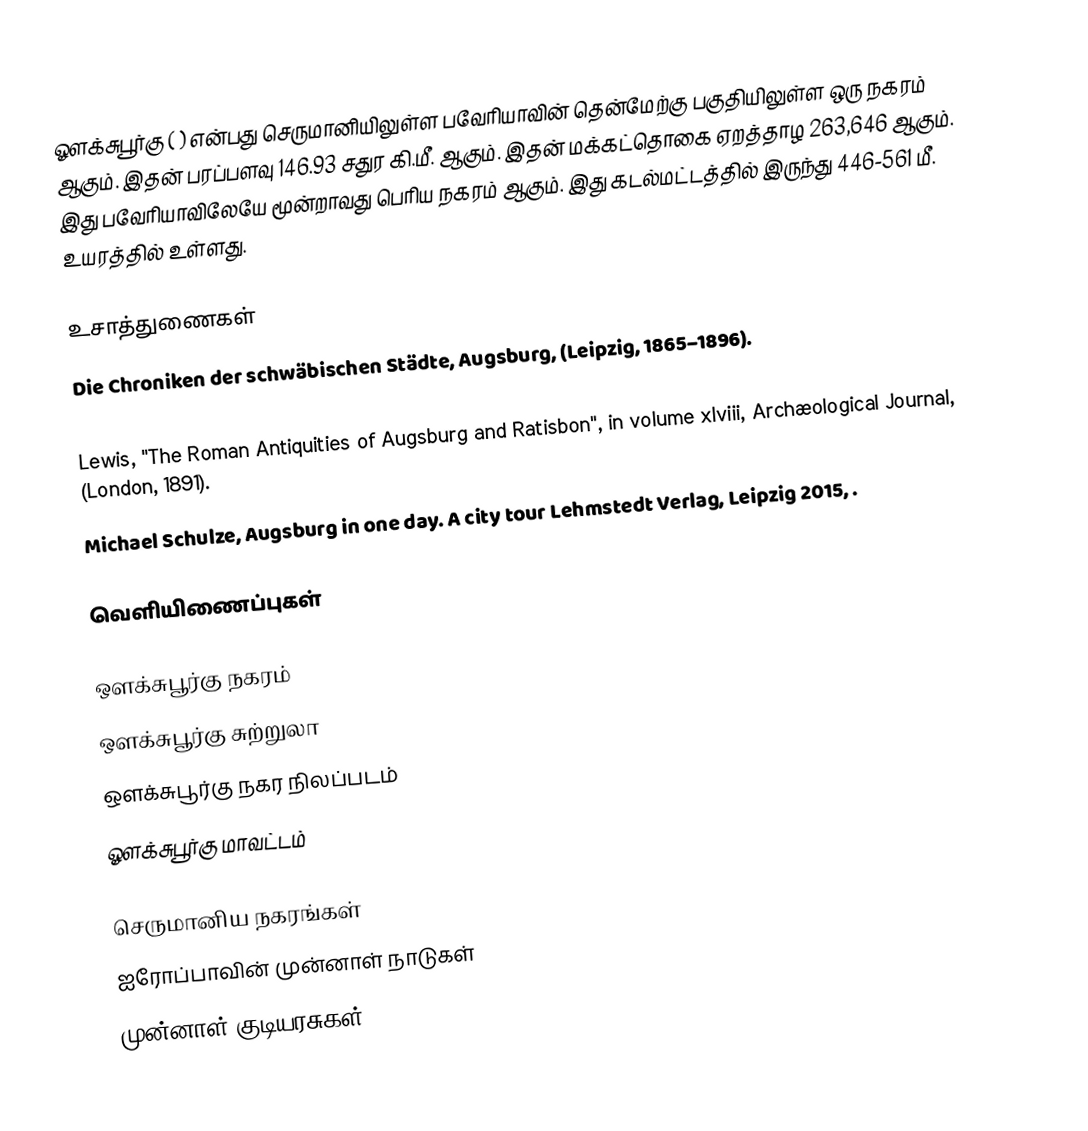
ஔக்சுபூர்கு ( )  என்பது செருமானியிலுள்ள பவேரியாவின் தென்மேற்கு பகுதியிலுள்ள ஒரு நகரம் ஆகும். இதன் பரப்பளவு 146.93 சதுர கி.மீ. ஆகும். இதன் மக்கட்தொகை ஏறத்தாழ 263,646 ஆகும். இது பவேரியாவிலேயே மூன்றாவது பெரிய நகரம் ஆகும். இது கடல்மட்டத்தில் இருந்து 446-561 மீ. உயரத்தில் உள்ளது.

உசாத்துணைகள்
 Die Chroniken der schwäbischen Städte, Augsburg, (Leipzig, 1865–1896).
 Werner, Geschichte der Stadt Augsburg, (Augsburg, 1900).
 Lewis, "The Roman Antiquities of Augsburg and Ratisbon", in volume xlviii, Archæological Journal, (London, 1891).
 Michael Schulze, Augsburg in one day. A city tour Lehmstedt Verlag, Leipzig 2015, .

வெளியிணைப்புகள்

 ஔக்சுபூர்கு நகரம்
 ஔக்சுபூர்கு சுற்றுலா
 ஔக்சுபூர்கு நகர நிலப்படம்
  ஔக்சுபூர்கு மாவட்டம்

செருமானிய நகரங்கள்
ஐரோப்பாவின் முன்னாள் நாடுகள்
முன்னாள் குடியரசுகள்